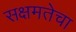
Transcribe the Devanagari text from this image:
सक्षमतेचा